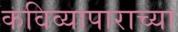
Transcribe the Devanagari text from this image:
कविव्यापाराच्या